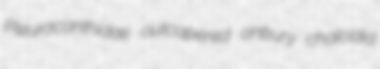
Pleuracanthidae outcapered anbury chalcidid